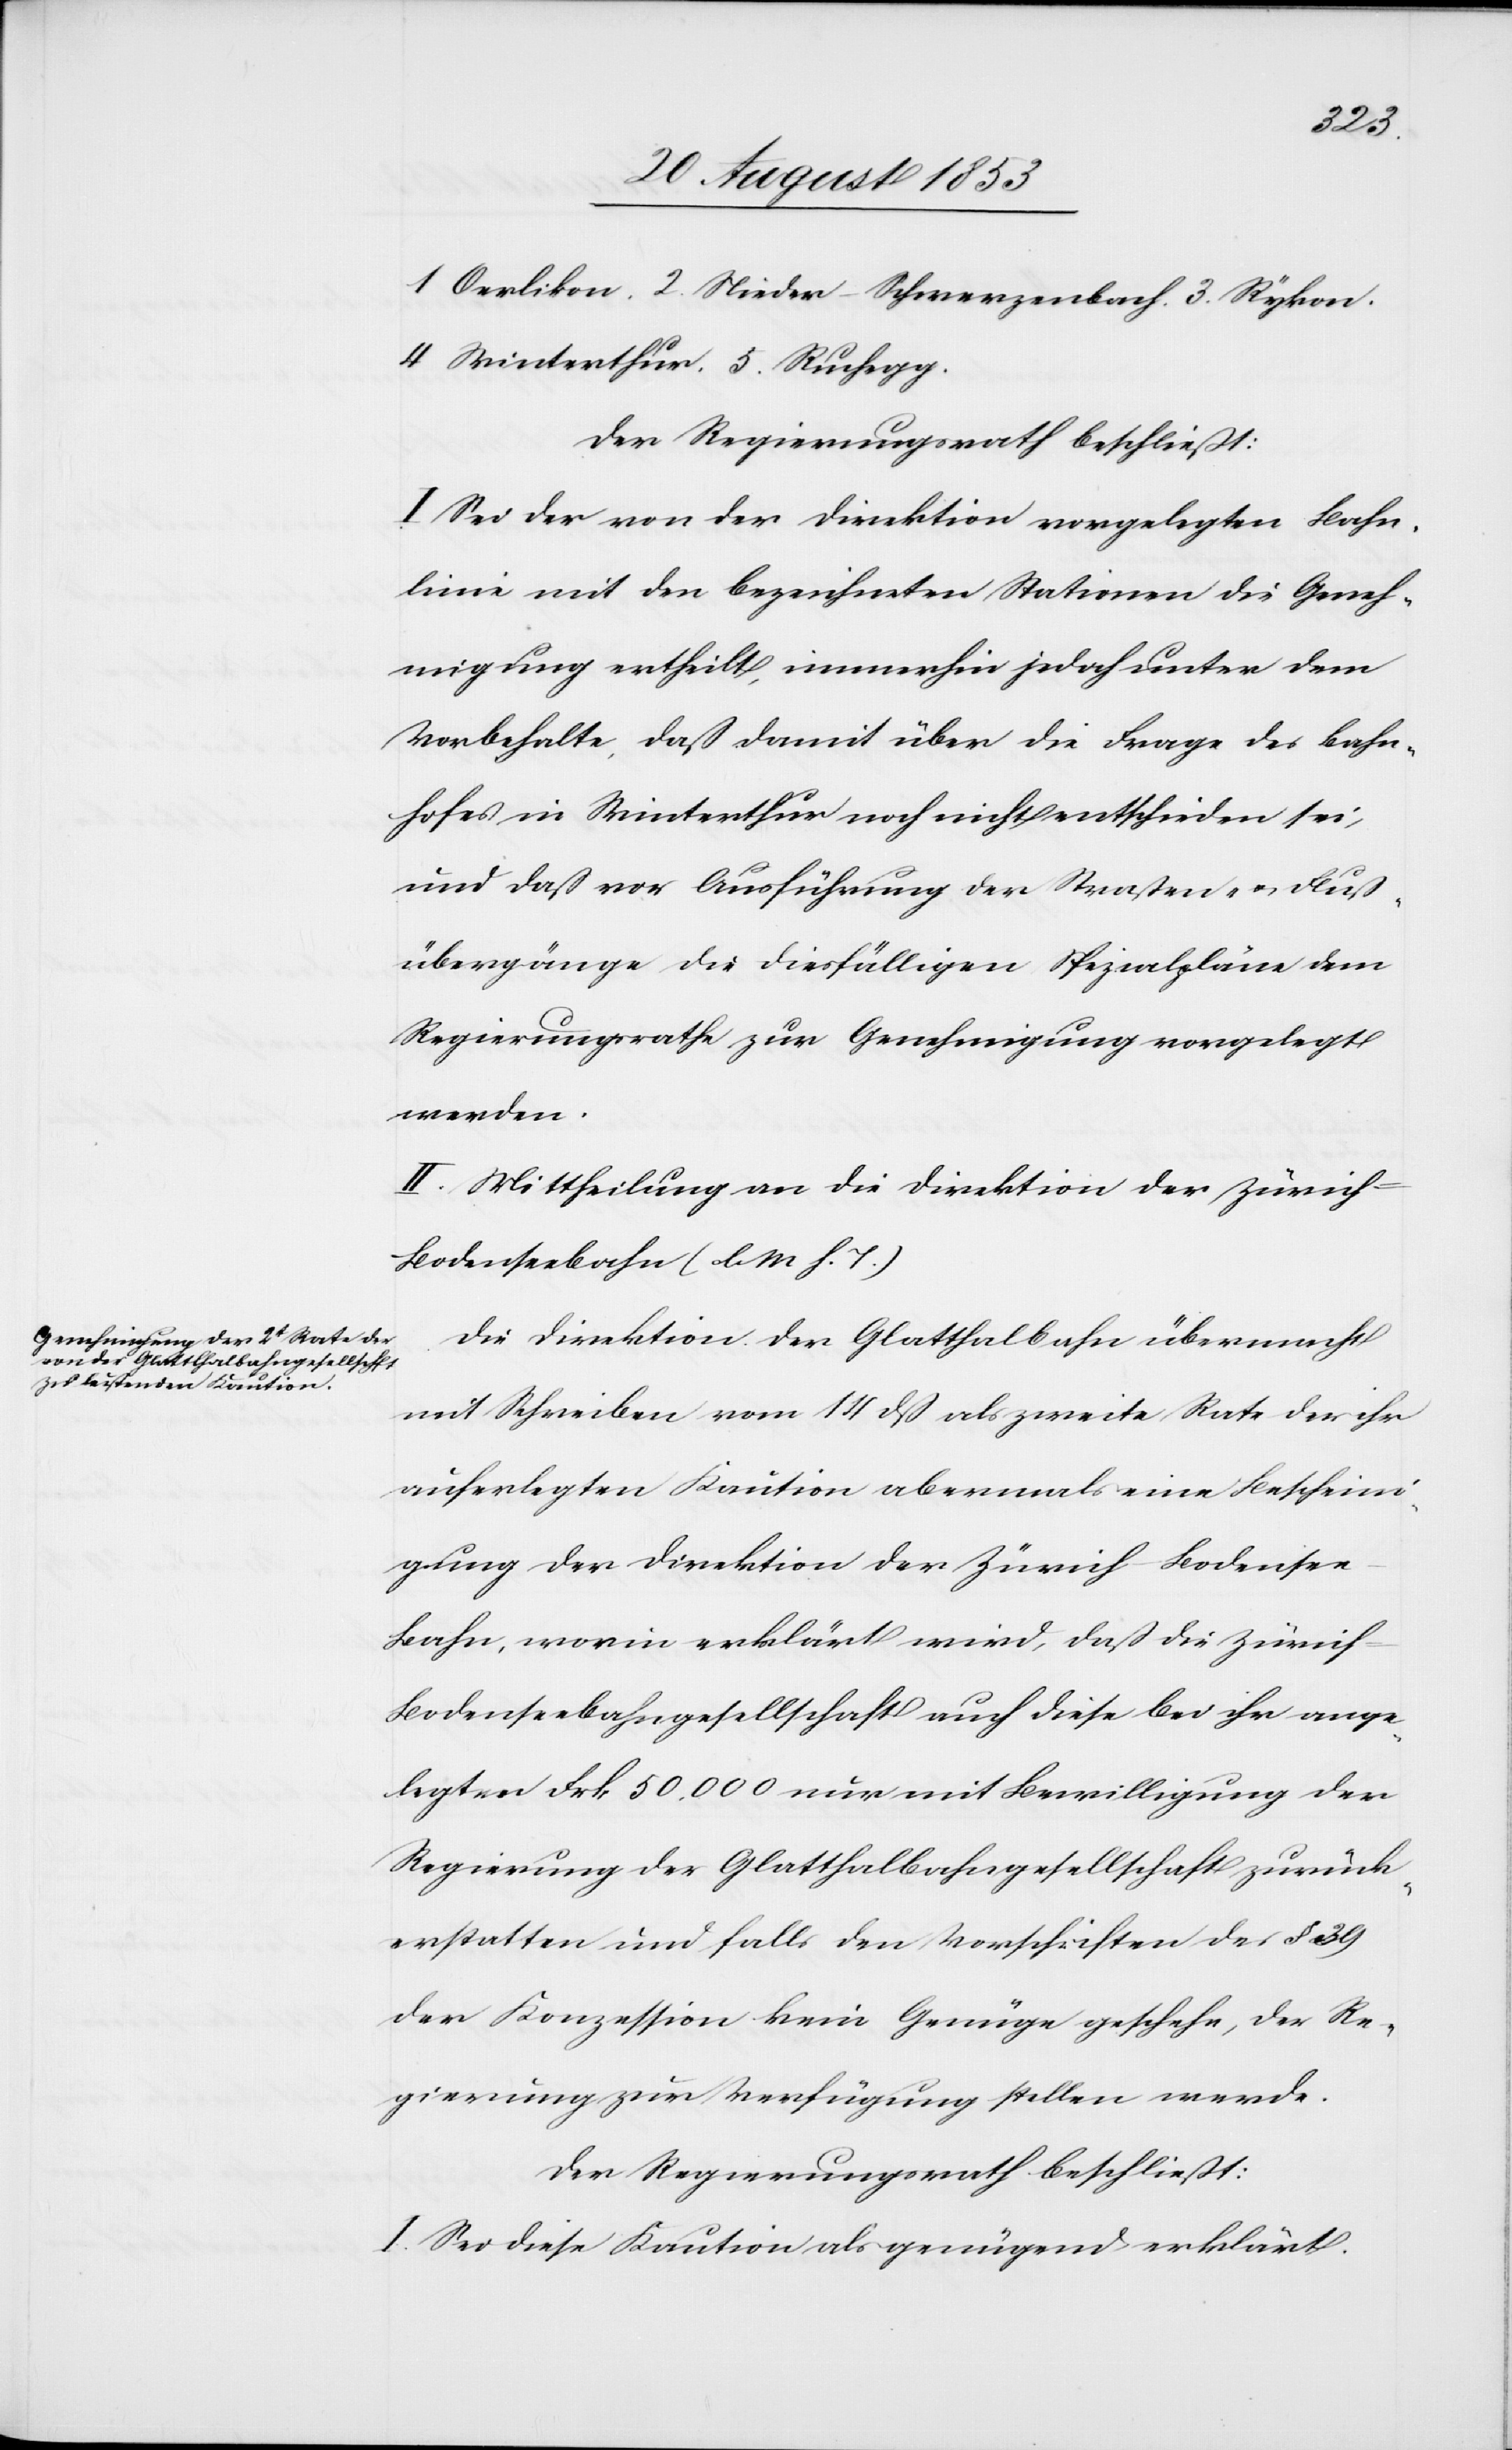
1 Oerlikon. 2 Nieder-Schwerzenbach. 3 Rykon.
4 Winterthur. 5 Ruchegg.
Der Regierungsrath beschließt:
I. Sei der von der Direktion vorgelegten Bahn¬
linie mit den bezeichneten Stationen die Geneh¬
migung ertheilt, immerhin jedoch unter dem
Vorbehalte, daß damit über die Frage des Bahn¬
hofes in Winterthur noch nicht entschieden sei,
und daß vor Ausführung der Straßen-Fluß¬
übergänge die diesfälligen Spezialpläne dem
Regierungsrathe zur Genehmigung vorgelegt
werden.
II. Mittheilung an die Direktion der Zürich-B¬
odenseebahn [l. M. h. T].
Die Direktion der Glatthalbahn übermacht
mit Schreiben vom 14 dß als zweite Rate der ihr
auferlegten Kaution abermals eine Bescheini¬
gung der Direktion der Zürich-Bodense¬
e-Bahn, worin erklärt wird, daß die Zürich-B¬
odenseebahngesellschaft auch diese bei ihr ange¬
legten Frk. 50 000 nur mit Bewilligung der
Regierung der Glatthalbahngesellschaft zurück¬
erstatten und falls den Vorschriften des § 39
der Konzession kein Genüge geschehe, der Re¬
gierung zur Verfügung stellen werde.
Der Regierungsrath beschließt:
I. Sei diese Kaution genügend erklärt.